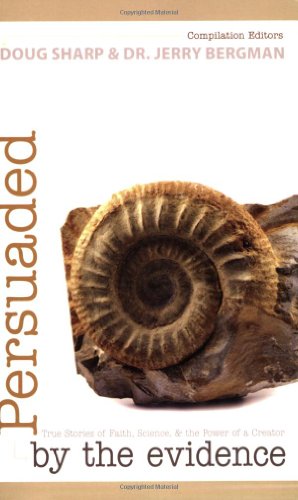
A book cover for Persuaded by the Evidence; Doug Sharp; Christian Books & Bibles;